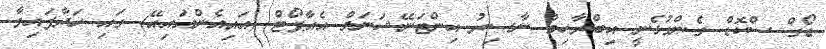
ޑޯގް ސްކޮޑް ގެންގުޅެނީ އިބްރާހިމް ނާސިރު އިންޓަނޭޝަނަލް އެއާޕޯޓް (އައިއެންއައިއޭ) ގައި ހަދާފައިވާ